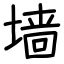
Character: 墙